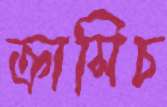
ক্রাসিচ